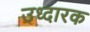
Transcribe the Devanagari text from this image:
उध्दारक